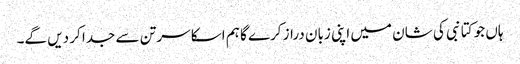
ہاں جو کتا نبی کی شان میں اپنی زبان دراز کرے گا ہم اسکا سر تن سے جدا کر دیں گے۔